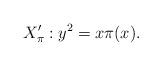
LaTeX: \begin{align*} X'_{\pi} : y^2 = x \pi (x) .\end{align*}